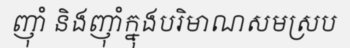
ញ៉ាំ និងញ៉ាំក្នុងបរិមាណសមស្រប